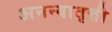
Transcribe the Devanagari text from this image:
अनन्यावृत्ती